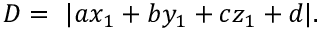
D = \ | a x _ { 1 } + b y _ { 1 } + c z _ { 1 } + d | .